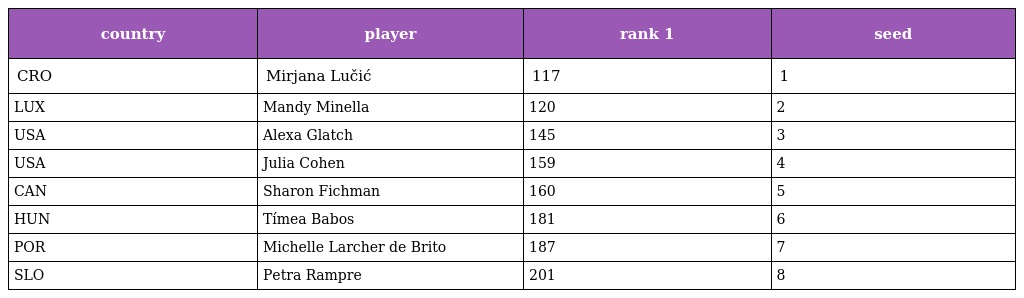
| country | player | rank 1 | seed |
 | --- | --- | --- | --- |
 | CRO | Mirjana Lučić | 117 | 1 |
 | LUX | Mandy Minella | 120 | 2 |
 | USA | Alexa Glatch | 145 | 3 |
 | USA | Julia Cohen | 159 | 4 |
 | CAN | Sharon Fichman | 160 | 5 |
 | HUN | Tímea Babos | 181 | 6 |
 | POR | Michelle Larcher de Brito | 187 | 7 |
 | SLO | Petra Rampre | 201 | 8 |